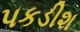
પકડીશ